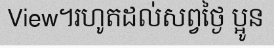
View។រហូតដល់សព្វថ្ងៃ ប្អូន